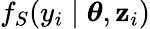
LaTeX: f_{S}(y_{i}\mid\boldsymbol{\theta},\mathbf{z}_{i})